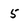
Character: 5